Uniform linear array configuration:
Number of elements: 48
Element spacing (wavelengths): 0.75
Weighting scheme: blackman
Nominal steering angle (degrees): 30
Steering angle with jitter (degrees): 28.824
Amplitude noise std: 0.05
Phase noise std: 0.05

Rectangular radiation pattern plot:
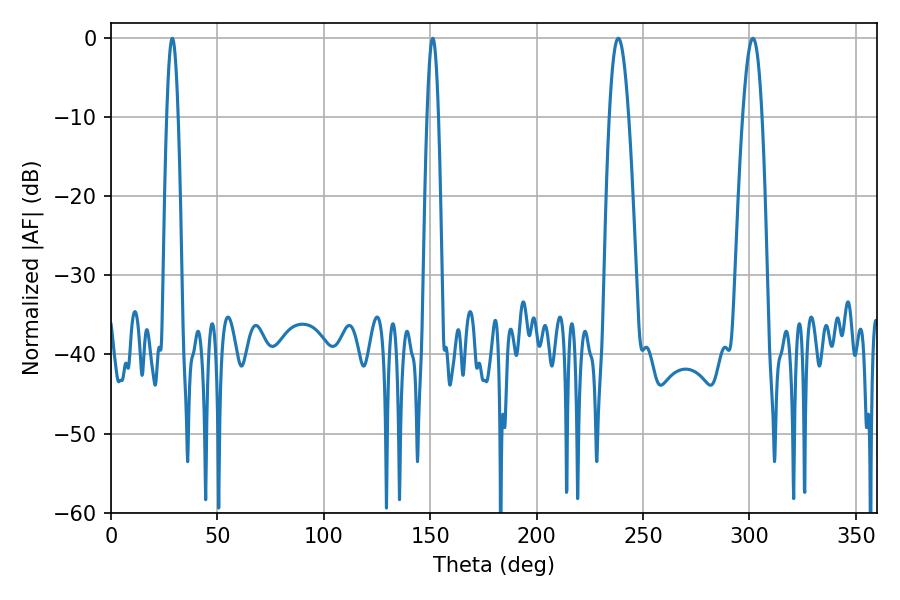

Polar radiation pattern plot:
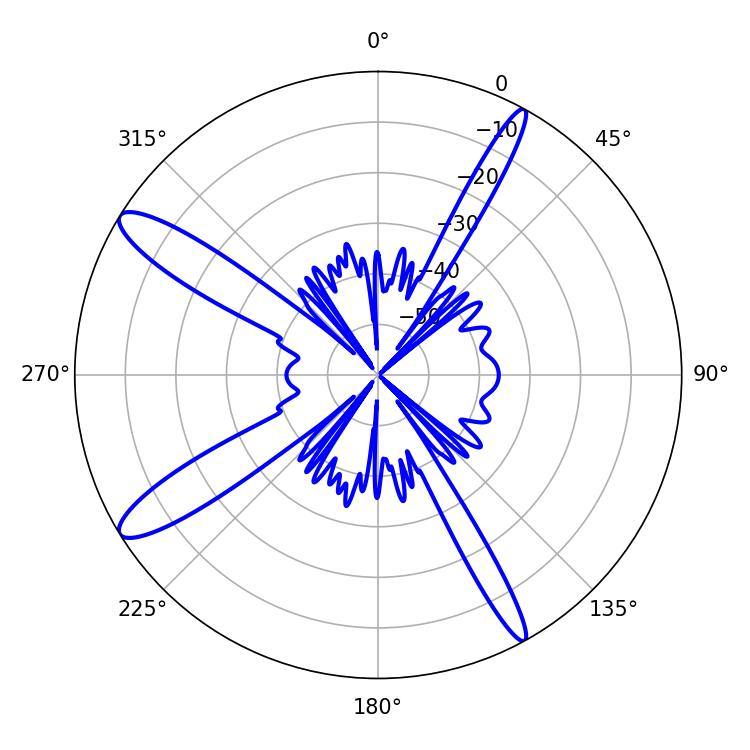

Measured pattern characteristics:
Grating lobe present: TRUE
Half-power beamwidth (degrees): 2.88
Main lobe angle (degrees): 28.8